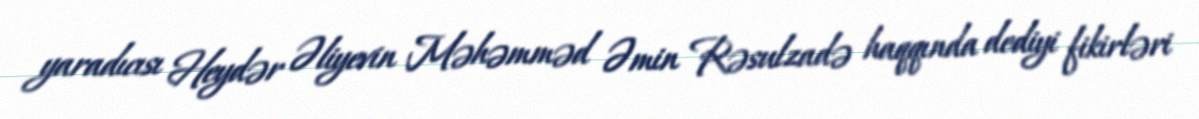
yaradıcısı Heydər Əliyevin Məhəmməd Əmin Rəsulzadə haqqında dediyi fikirləri